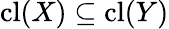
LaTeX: \operatorname{cl}(X)\subseteq\operatorname{cl}(Y)